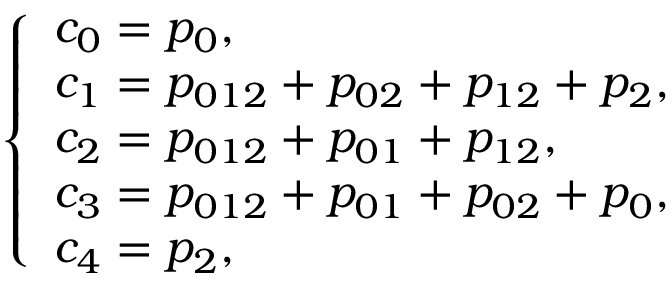
\begin{array} { r } { \left\{ { \begin{array} { l } { c _ { 0 } = p _ { 0 } , } \\ { c _ { 1 } = p _ { 0 1 2 } + p _ { 0 2 } + p _ { 1 2 } + p _ { 2 } , } \\ { c _ { 2 } = p _ { 0 1 2 } + p _ { 0 1 } + p _ { 1 2 } , } \\ { c _ { 3 } = p _ { 0 1 2 } + p _ { 0 1 } + p _ { 0 2 } + p _ { 0 } , } \\ { c _ { 4 } = p _ { 2 } , } \end{array} } \right. } \end{array}